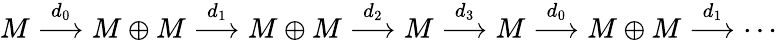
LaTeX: M\stackrel{d_{0}}{\longrightarrow}M\oplus M\stackrel{d_{1}}{\longrightarrow}M\oplus M\stackrel{d_{2}}{\longrightarrow}M\stackrel{d_{3}}{\longrightarrow}M\stackrel{d_{0}}{\longrightarrow}M\oplus M\stackrel{d_{1}}{\longrightarrow}\cdots